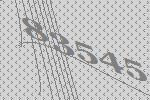
83545